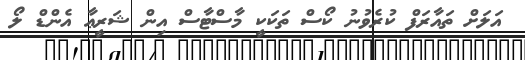
އަލަށް ތައާރަފް ކުރެވުނު ކޯސް ތަކަކީ މާސްޓާސް އިން ޝަރީޢާ އެންޑް ލޯ